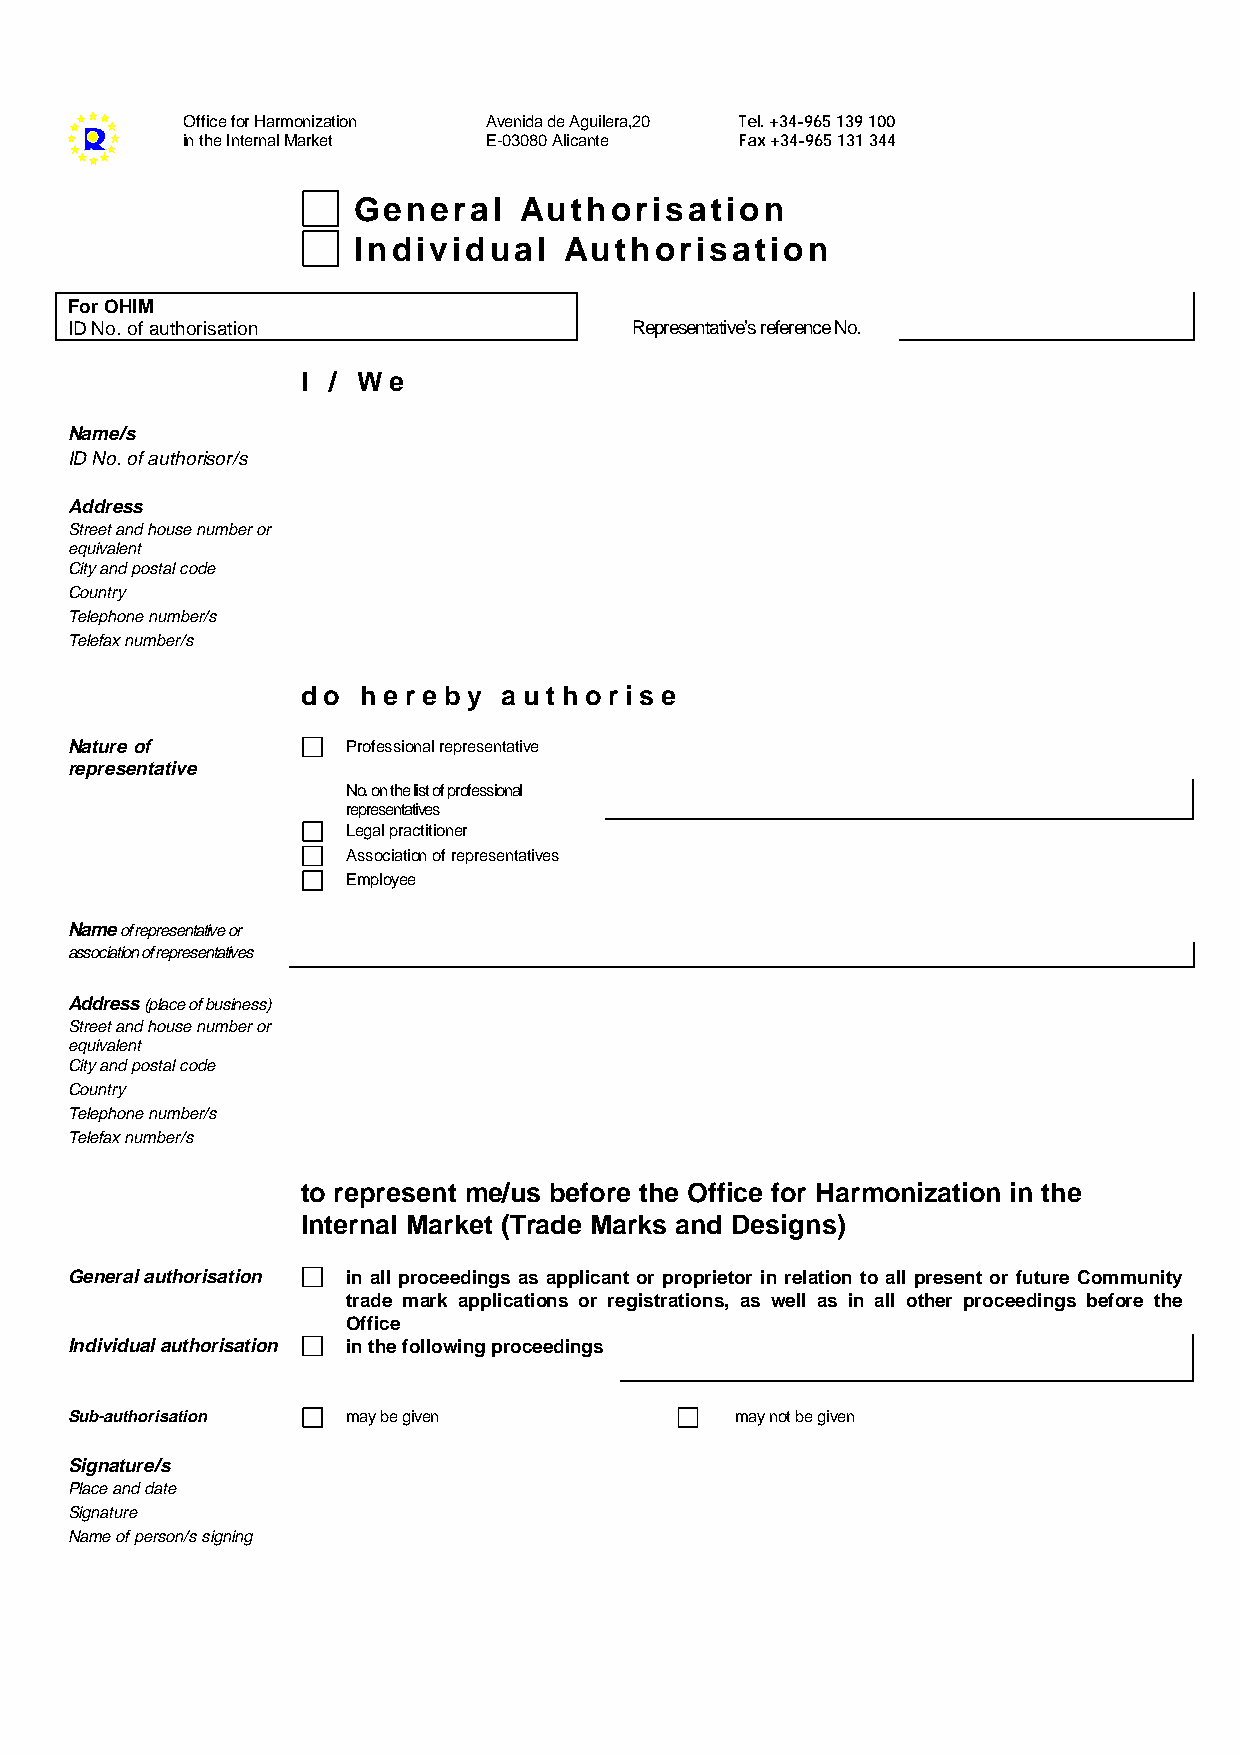
Office for Harmonization Avenida de Aguilera,20 Tel. +34-965 139 100
 in the Internal Market E-03080 Alicante Fax +34-965 131 344
 General    Authorisation
 Individual    Authorisation
 For OHIM
 ID No. of authorisation               Representative’s reference No.
 I / W e
 Name/s
 ID No. of authorisor/s
 Address
 Street and house number or
 equivalent
 City and postal code
 Country
 Telephone number/s
 Telefax number/s
 d o h e r e b y a u t h o r i s e
 Nature of          Professional representative
 representative
 No. on the list of professional
 representatives
 Legal practitioner
 Association of representatives
 Employee
 Name of representative or
 association of representatives
 Address (place of business)
 Street and house number or
 equivalent
 City and postal code
 Country
 Telephone number/s
 Telefax number/s
 to represent me/us before the Office for Harmonization in the
 Internal Market (Trade Marks and Designs)
 General authorisation in all proceedings as applicant or proprietor in relation to all present or future Community
 trade mark applications or registrations, as well as in all other proceedings before the
 Office
 Individual authorisation in the following proceedings
 Sub-authorisation  may be given              may not be given
 Signature/s
 Place and date
 Signature
 Name of person/s signing